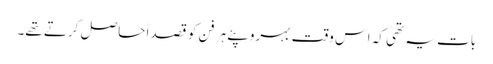
بات یہ تھی کہ اس وقت بہروپئے ہر فن کو قصداً حاصل کرتے تھے۔